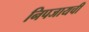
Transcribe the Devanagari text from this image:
निपजायची